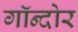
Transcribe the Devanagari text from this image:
गॉन्दोर